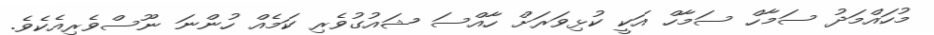
މުހައްމަދު ސަމާހް ސަމާހް އަކީ ކުޅިވަރަށް ހާއްސަ ޝައުގުވެރި ކަމެއް ހުންނަ ނޫސްވެރިއެކެވެ.